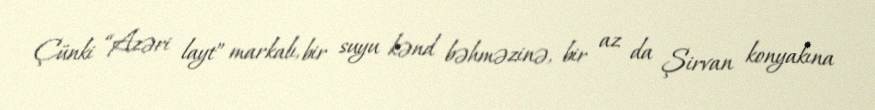
Çünki “Azəri layt” markalı, bir suyu kənd bəhməzinə, bir az da Şirvan konyakına